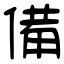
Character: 備